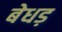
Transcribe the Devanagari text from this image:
बेधड़